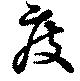
度